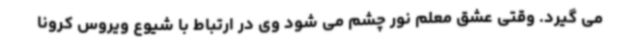
می گیرد. وقتی عشق معلم نور چشم می شود وی در ارتباط با شیوع ویروس کرونا